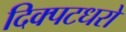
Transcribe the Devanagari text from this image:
दिक्पटधरो